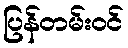
ပြန်တမ်းဝင်